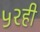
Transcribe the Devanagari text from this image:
५२ही